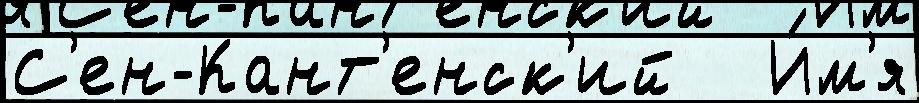
С'ен-Кант'енск'ий   И́м'я